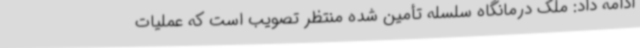
ادامه داد: ملک درمانگاه سلسله تأمین شده منتظر تصویب است که عملیات